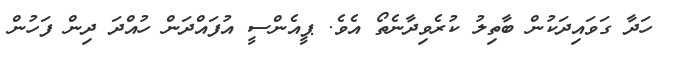
ހަދާ ގަވައިދަކުން ބާތިލު ކުރެވިދާނެތޯ އެވެ. ޕީއެންސީ އުފައްދަން ހުއްދަ ދިން ފަހުން